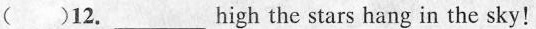
( )12._ ___high the stars hang in the sky!